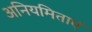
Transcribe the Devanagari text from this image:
अनियमिताएं